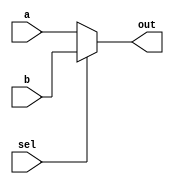
module mux_2to1 (
    input wire a,
    input wire b,
    input wire sel,
    output reg out
);

always @(a, b, sel)
begin
    if (sel == 0)
        out = a;
    else
        out = b;
end

endmodule